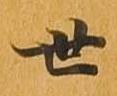
世